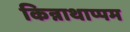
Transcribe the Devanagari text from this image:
किन्नाथाप्पम